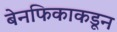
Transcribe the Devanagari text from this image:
बेनफिकाकडून